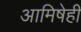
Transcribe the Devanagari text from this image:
आमिषेही